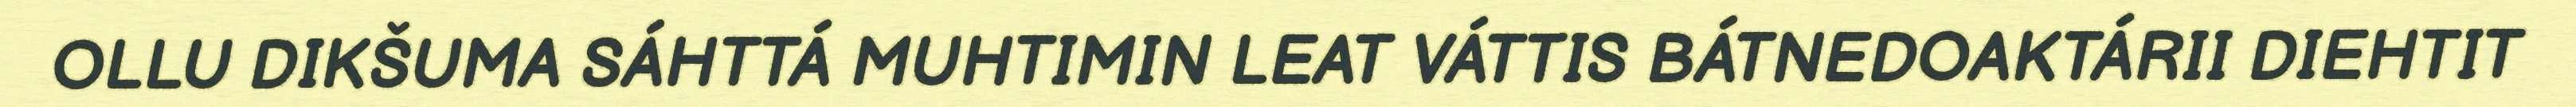
OLLU DIKŠUMA SÁHTTÁ MUHTIMIN LEAT VÁTTIS BÁTNEDOAKTÁRII DIEHTIT